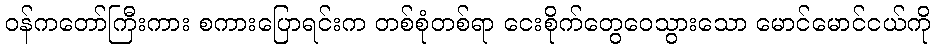
ဝန်ကတော်ကြီးကား စကားပြောရင်းက တစ်စုံတစ်ရာ ငေးစိုက်တွေဝေသွားသော မောင်မောင်ငယ်ကို